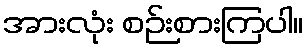
အားလုံး စဉ်းစားကြပါ။